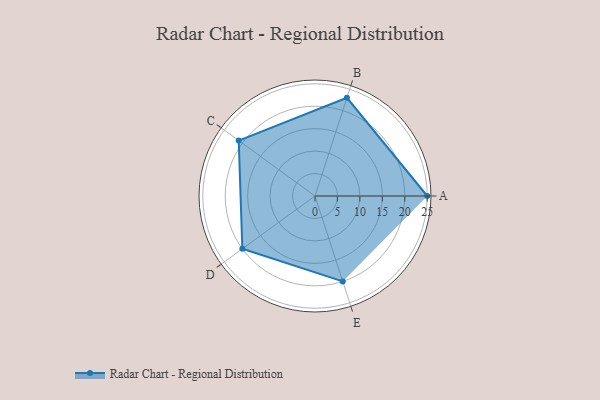
{"axis": {"x": "Skill", "y": "Score"}, "legend": ["Profile"], "data": [{"x": "A", "y": 25.0, "type": "Profile"}, {"x": "B", "y": 23.0, "type": "Profile"}, {"x": "C", "y": 21.0, "type": "Profile"}, {"x": "D", "y": 20, "type": "Profile"}, {"x": "E", "y": 20, "type": "Profile"}]}